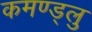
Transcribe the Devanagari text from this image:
कमण्ड्लु